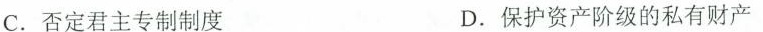
C.否定君主专制制度 D.保护资产阶级的私有财产